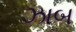
ઝાબ